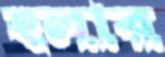
হলার